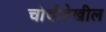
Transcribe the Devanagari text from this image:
चोचीदेखील